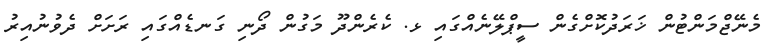
މެނޭޖްމަންޓުން ޚަރަދުކޮށްގެން ސީޕްލޭނެއްގައި ޅ. ކެރެންދޫ މަގުން ދޯނި ގަނޑެއްގައި ރަށަށް ދެވުނުއިރު